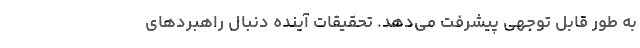
به‌ طور قابل‌ توجهی پیشرفت می‌دهد. تحقیقات آینده دنبال راهبردهای